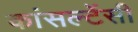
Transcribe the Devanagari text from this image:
कांसल्टेंसी